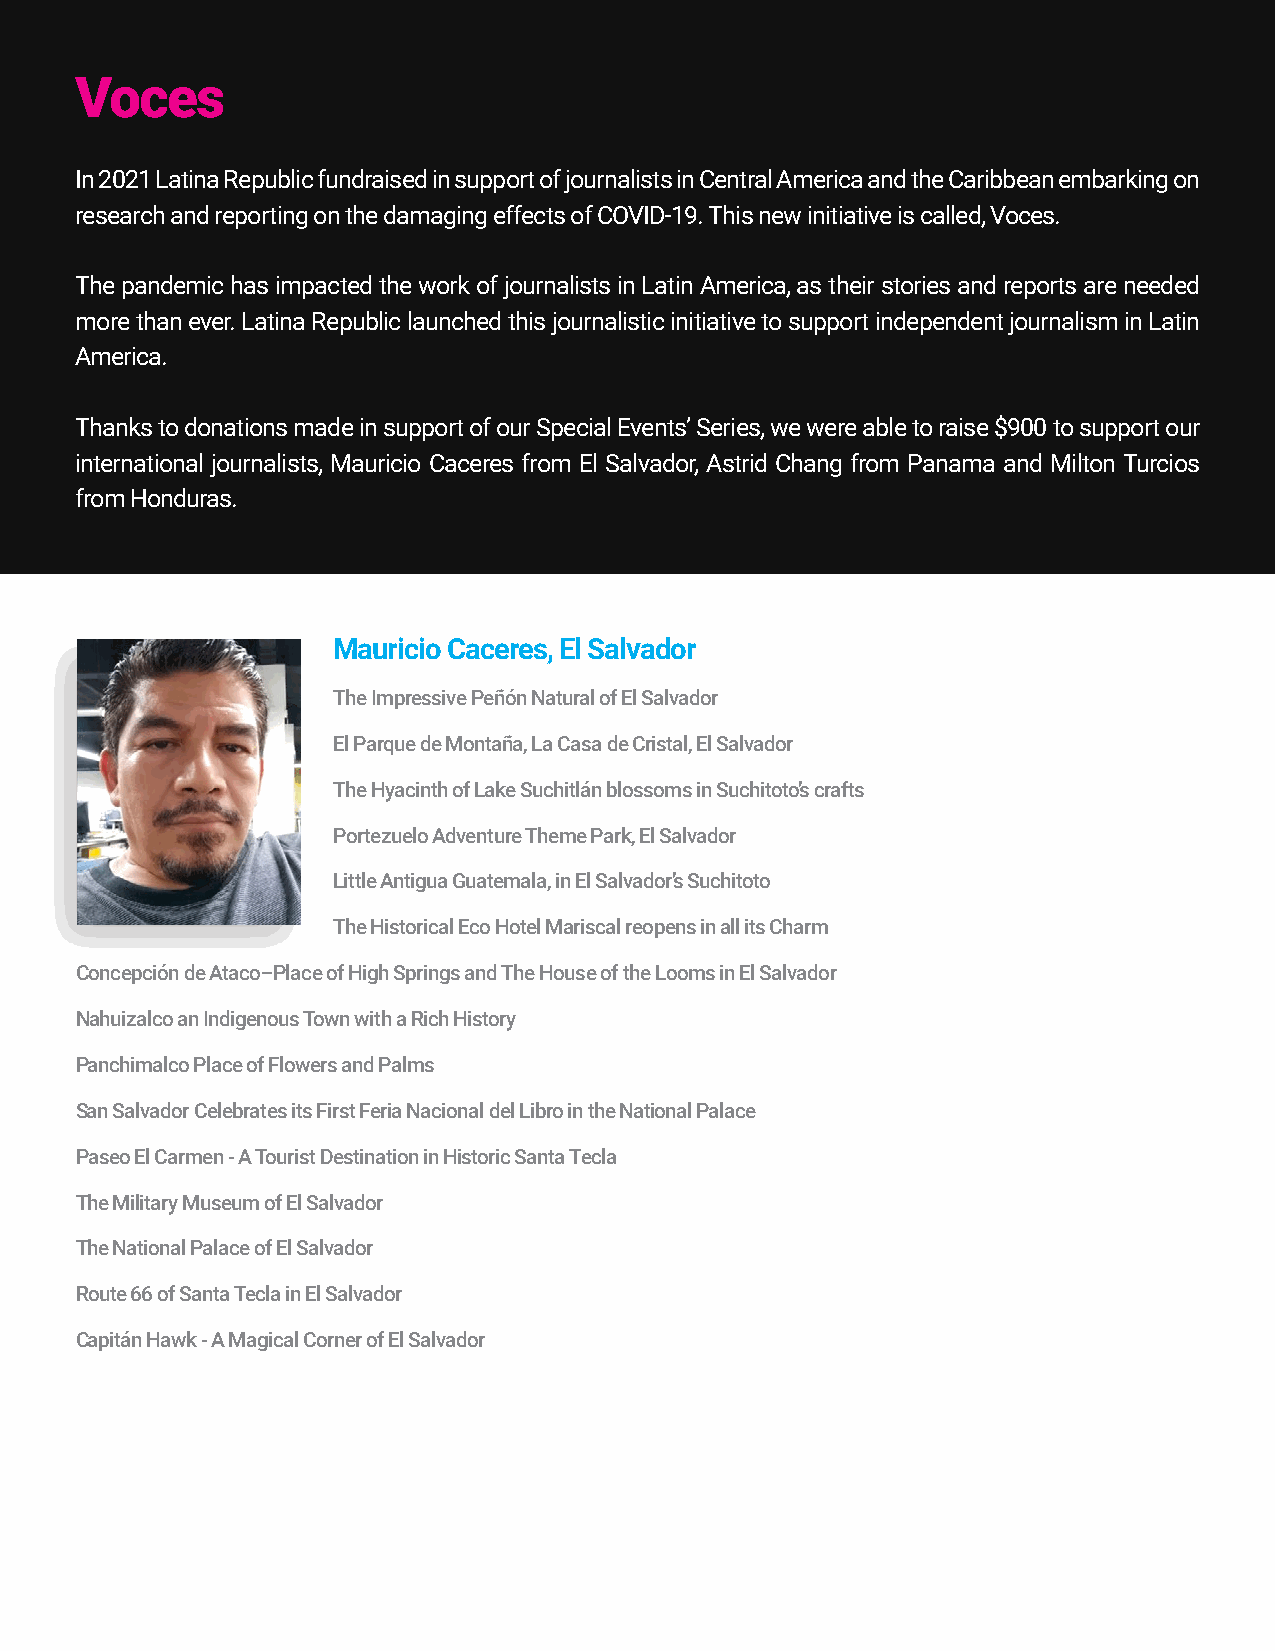
Voces
 In 2021 Latina Republic fundraised in support of journalists in Central America and the Caribbean embarking on
 research and reporting on the damaging effects of COVID-19. This new initiative is called, Voces.
 The pandemic has impacted the work of journalists in Latin America, as their stories and reports are needed
 more than ever. Latina Republic launched this journalistic initiative to support independent journalism in Latin
 America.
 Thanks to donations made in support of our Special Events’ Series, we were able to raise $900 to support our
 international journalists, Mauricio Caceres from El Salvador, Astrid Chang from Panama and Milton Turcios
 from Honduras.
 Mauricio Caceres, El Salvador
 The Impressive Peñón Natural of El Salvador
 El Parque de Montaña, La Casa de Cristal, El Salvador
 The Hyacinth of Lake Suchitlán blossoms in Suchitoto’s crafts
 Portezuelo Adventure Theme Park, El Salvador
 Little Antigua Guatemala, in El Salvador’s Suchitoto
 The Historical Eco Hotel Mariscal reopens in all its Charm
 Concepción de Ataco–Place of High Springs and The House of the Looms in El Salvador
 Nahuizalco an Indigenous Town with a Rich History
 Panchimalco Place of Flowers and Palms
 San Salvador Celebrates its First Feria Nacional del Libro in the National Palace
 Paseo El Carmen - A Tourist Destination in Historic Santa Tecla
 The Military Museum of El Salvador
 The National Palace of El Salvador
 Route 66 of Santa Tecla in El Salvador
 Capitán Hawk - A Magical Corner of El Salvador